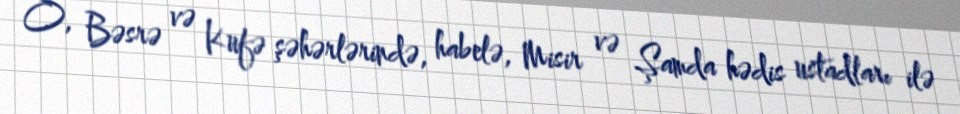
O, Bəsrə və Kufə şəhərlərində, habelə, Misir və Şamda hədis ustadları ilə